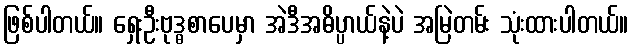
ဖြစ်ပါတယ်။ ရှေးဦးဗုဒ္ဓစာပေမှာ အဲဒီအဓိပ္ပာယ်နဲ့ပဲ အမြဲတမ်း သုံးထားပါတယ်။